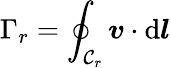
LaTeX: \Gamma_{r}=\oint_{\mathcal{C}_{r}}\boldsymbol{v}\cdot\mathrm{d}\boldsymbol{l}